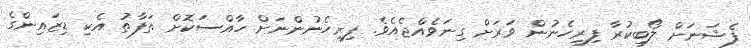
ފެޝަނަށް ލޯބިކުރާ ފިރިހެނުން ވަރަށް ގިނަވެއްޖެއެވެ. ފިރިހެނުންނަށް ހާއްސަކޮށް ތަފާތު އެކި ޑިޒައިންގެ